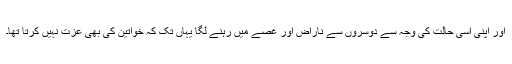
اور اپنی اسی حالت کی وجہ سے دوسروں سے ناراض اور غصے میں رہنے لگا یہاں تک کہ خواتین کی بھی عزت نہیں کرتا تھا۔